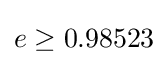
e\geq 0.98523